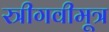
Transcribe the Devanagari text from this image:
स्त्रीगवीमूत्र